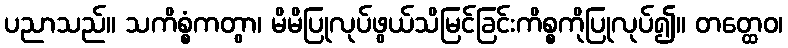
ပညာသည်။ သကိစ္စံကတွာ၊ မိမိပြုလုပ်ဖွယ်သိမြင်ခြင်းကိစ္စကိုပြုလုပ်၍။ တတ္ထေဝ၊